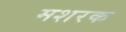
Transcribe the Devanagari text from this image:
मशरक